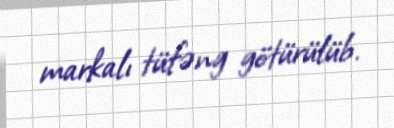
markalı tüfəng götürülüb.